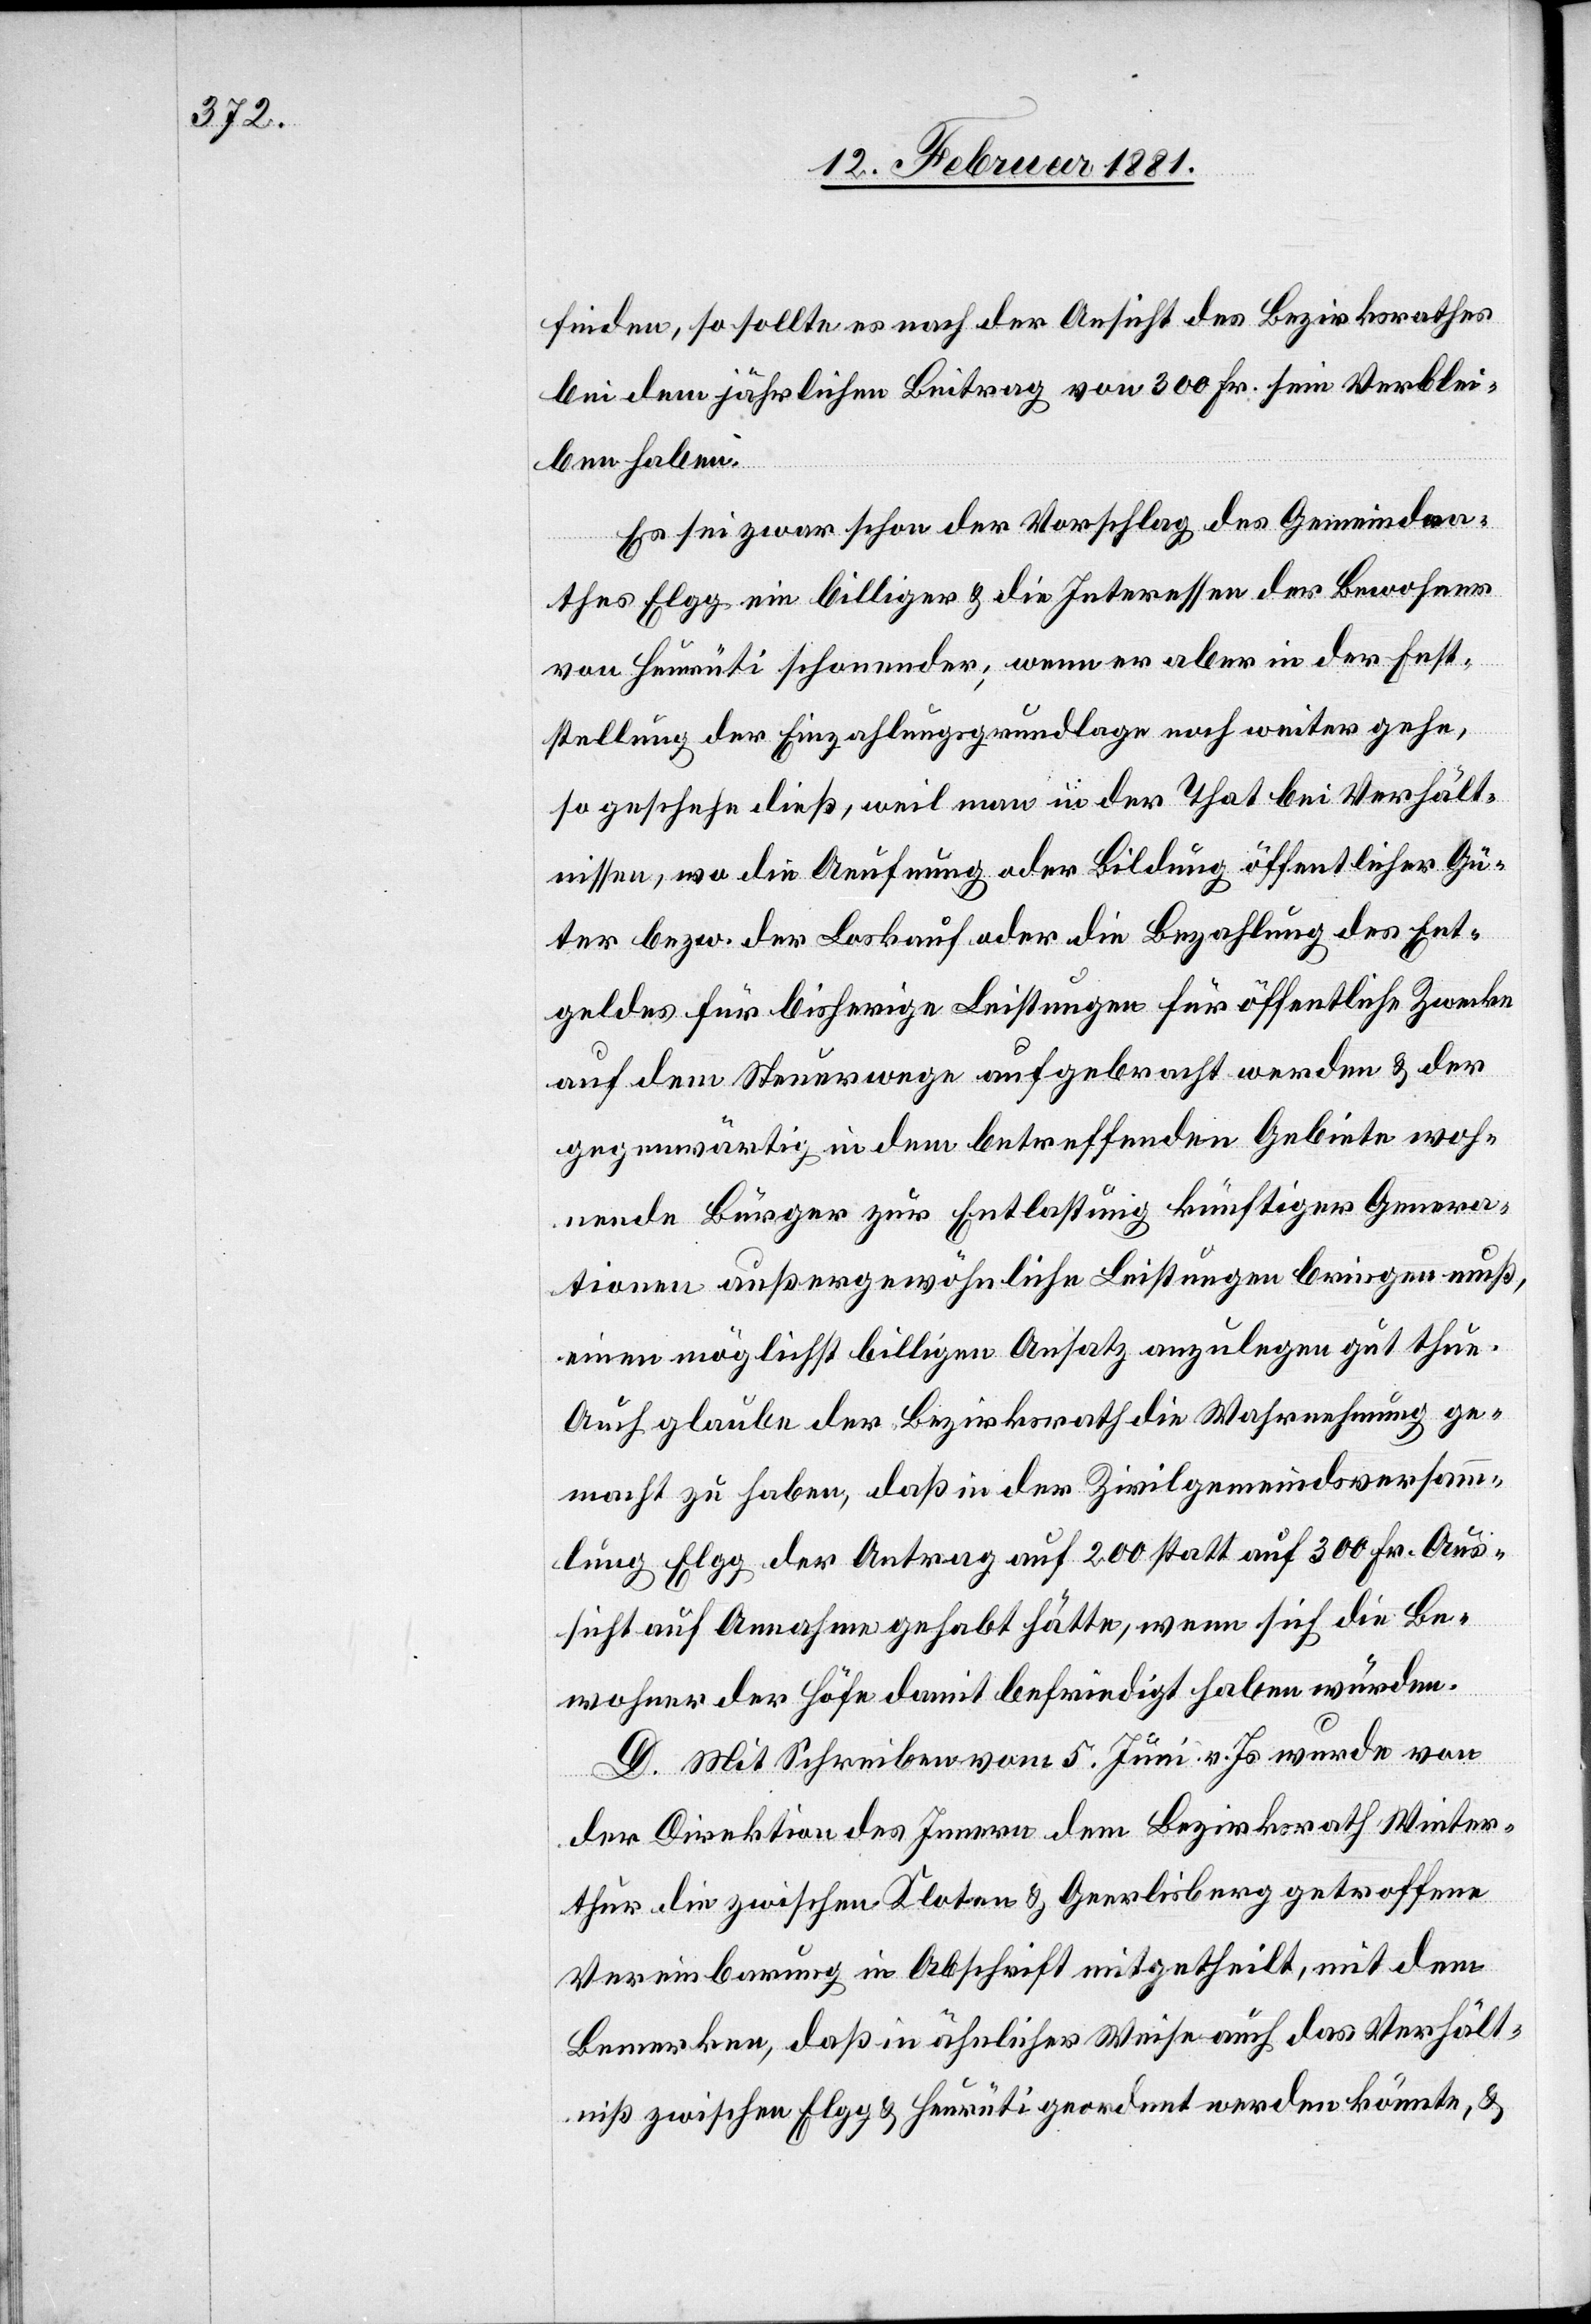
finden, so sollte es nach der Ansicht des Bezirksrathes
bei dem jährlichen Beitrag von 300 Fr. sein Verblei¬
ben haben.
Es sei zwar schon der Vorschlag des Gemeindra¬
thes Elgg ein billiger & die Interessen der Bewohner
von Heurüti schonender; wenn er aber in der Fest¬
stellung der Einzahlungsgrundlage noch weiter gehe,
so geschehe dieß, weil man in der That bei Verhält¬
nissen, wo die Aeufnung oder Bildung öffentlicher Gü¬
ter bezw. der Loskauf oder die Bezahlung des Ent¬
geldes für bisherige Leistungen für öffentliche Zwecke
auf dem Steuerwege aufgebracht werden & der
gegenwärtig in dem betreffenden Gebiete woh¬
nende Bürger zur Entlastung künftiger Genera¬
tionen außergewöhnliche Leistungen bringen muß,
einen möglichst billigen Ansatz anzulegen gut thue.
Auch glaube der Bezirksrath die Wahrnehmung ge¬
macht zu haben, daß die der Zivilgemeindsversamm¬
lung Elgg der Antrag auf 200 statt auf 300 Fr. Aus¬
sicht auf Annahme gehabt hätte, wenn sich die Be¬
wohner der Höfe damit befriedigt haben würden.
D. Mit Schreiben vom 5. Juni v. Js. wurde von
der Direktion des Innern dem Bezirksrath Winter¬
thur die zwischen Kloten & Gerlisberg getroffene
Vereinbarung in Abschrift mitgetheilt, mit dem
Bemerken, daß in ähnlicher Weise auch das Verhält¬
niß zwischen Elgg & Heurüti geordnet werden könnte, &